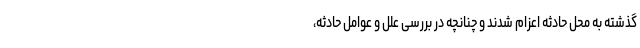
گذشته به محل حادثه اعزام شدند و چنانچه در بررسی علل و عوامل حادثه،